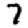
Digit: 7